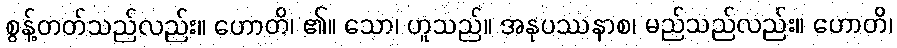
စွန့်တတ်သည်လည်း။ ဟောတိ၊ ၏။ သော၊ ဟူသည်။ အနုပဿနာစ၊ မည်သည်လည်း။ ဟောတိ၊